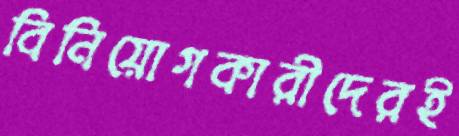
বিনিয়োগকারীদেরই